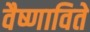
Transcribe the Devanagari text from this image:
वैष्णाविते